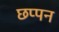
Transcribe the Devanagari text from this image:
छप्‍पन